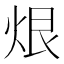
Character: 𮳨